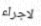
لاجراء